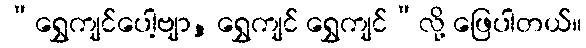
“ရွှေကျင်ပေါ့ဗျာ, ရွှေကျင် ရွှေကျင်”လို့ ဖြေပါတယ်။